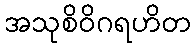
အသုစိဝိဂရဟိတ